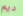
ديم